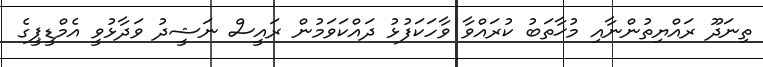
ތިނަދޫ ރައްޔިތުންނާއި މުޚާތަބު ކުރައްވާ ވާހަކަފުޅު ދައްކަވަމުން ރައީސް ނަޝީދު ވަދާޅުވީ އެމްޑީޕީގެ